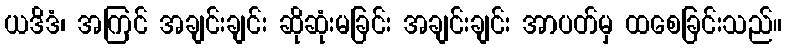
ယဒိဒံ၊ အကြင် အချင်းချင်း ဆိုဆုံးမခြင်း အချင်းချင်း အာပတ်မှ ထစေခြင်းသည်။